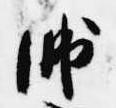
師